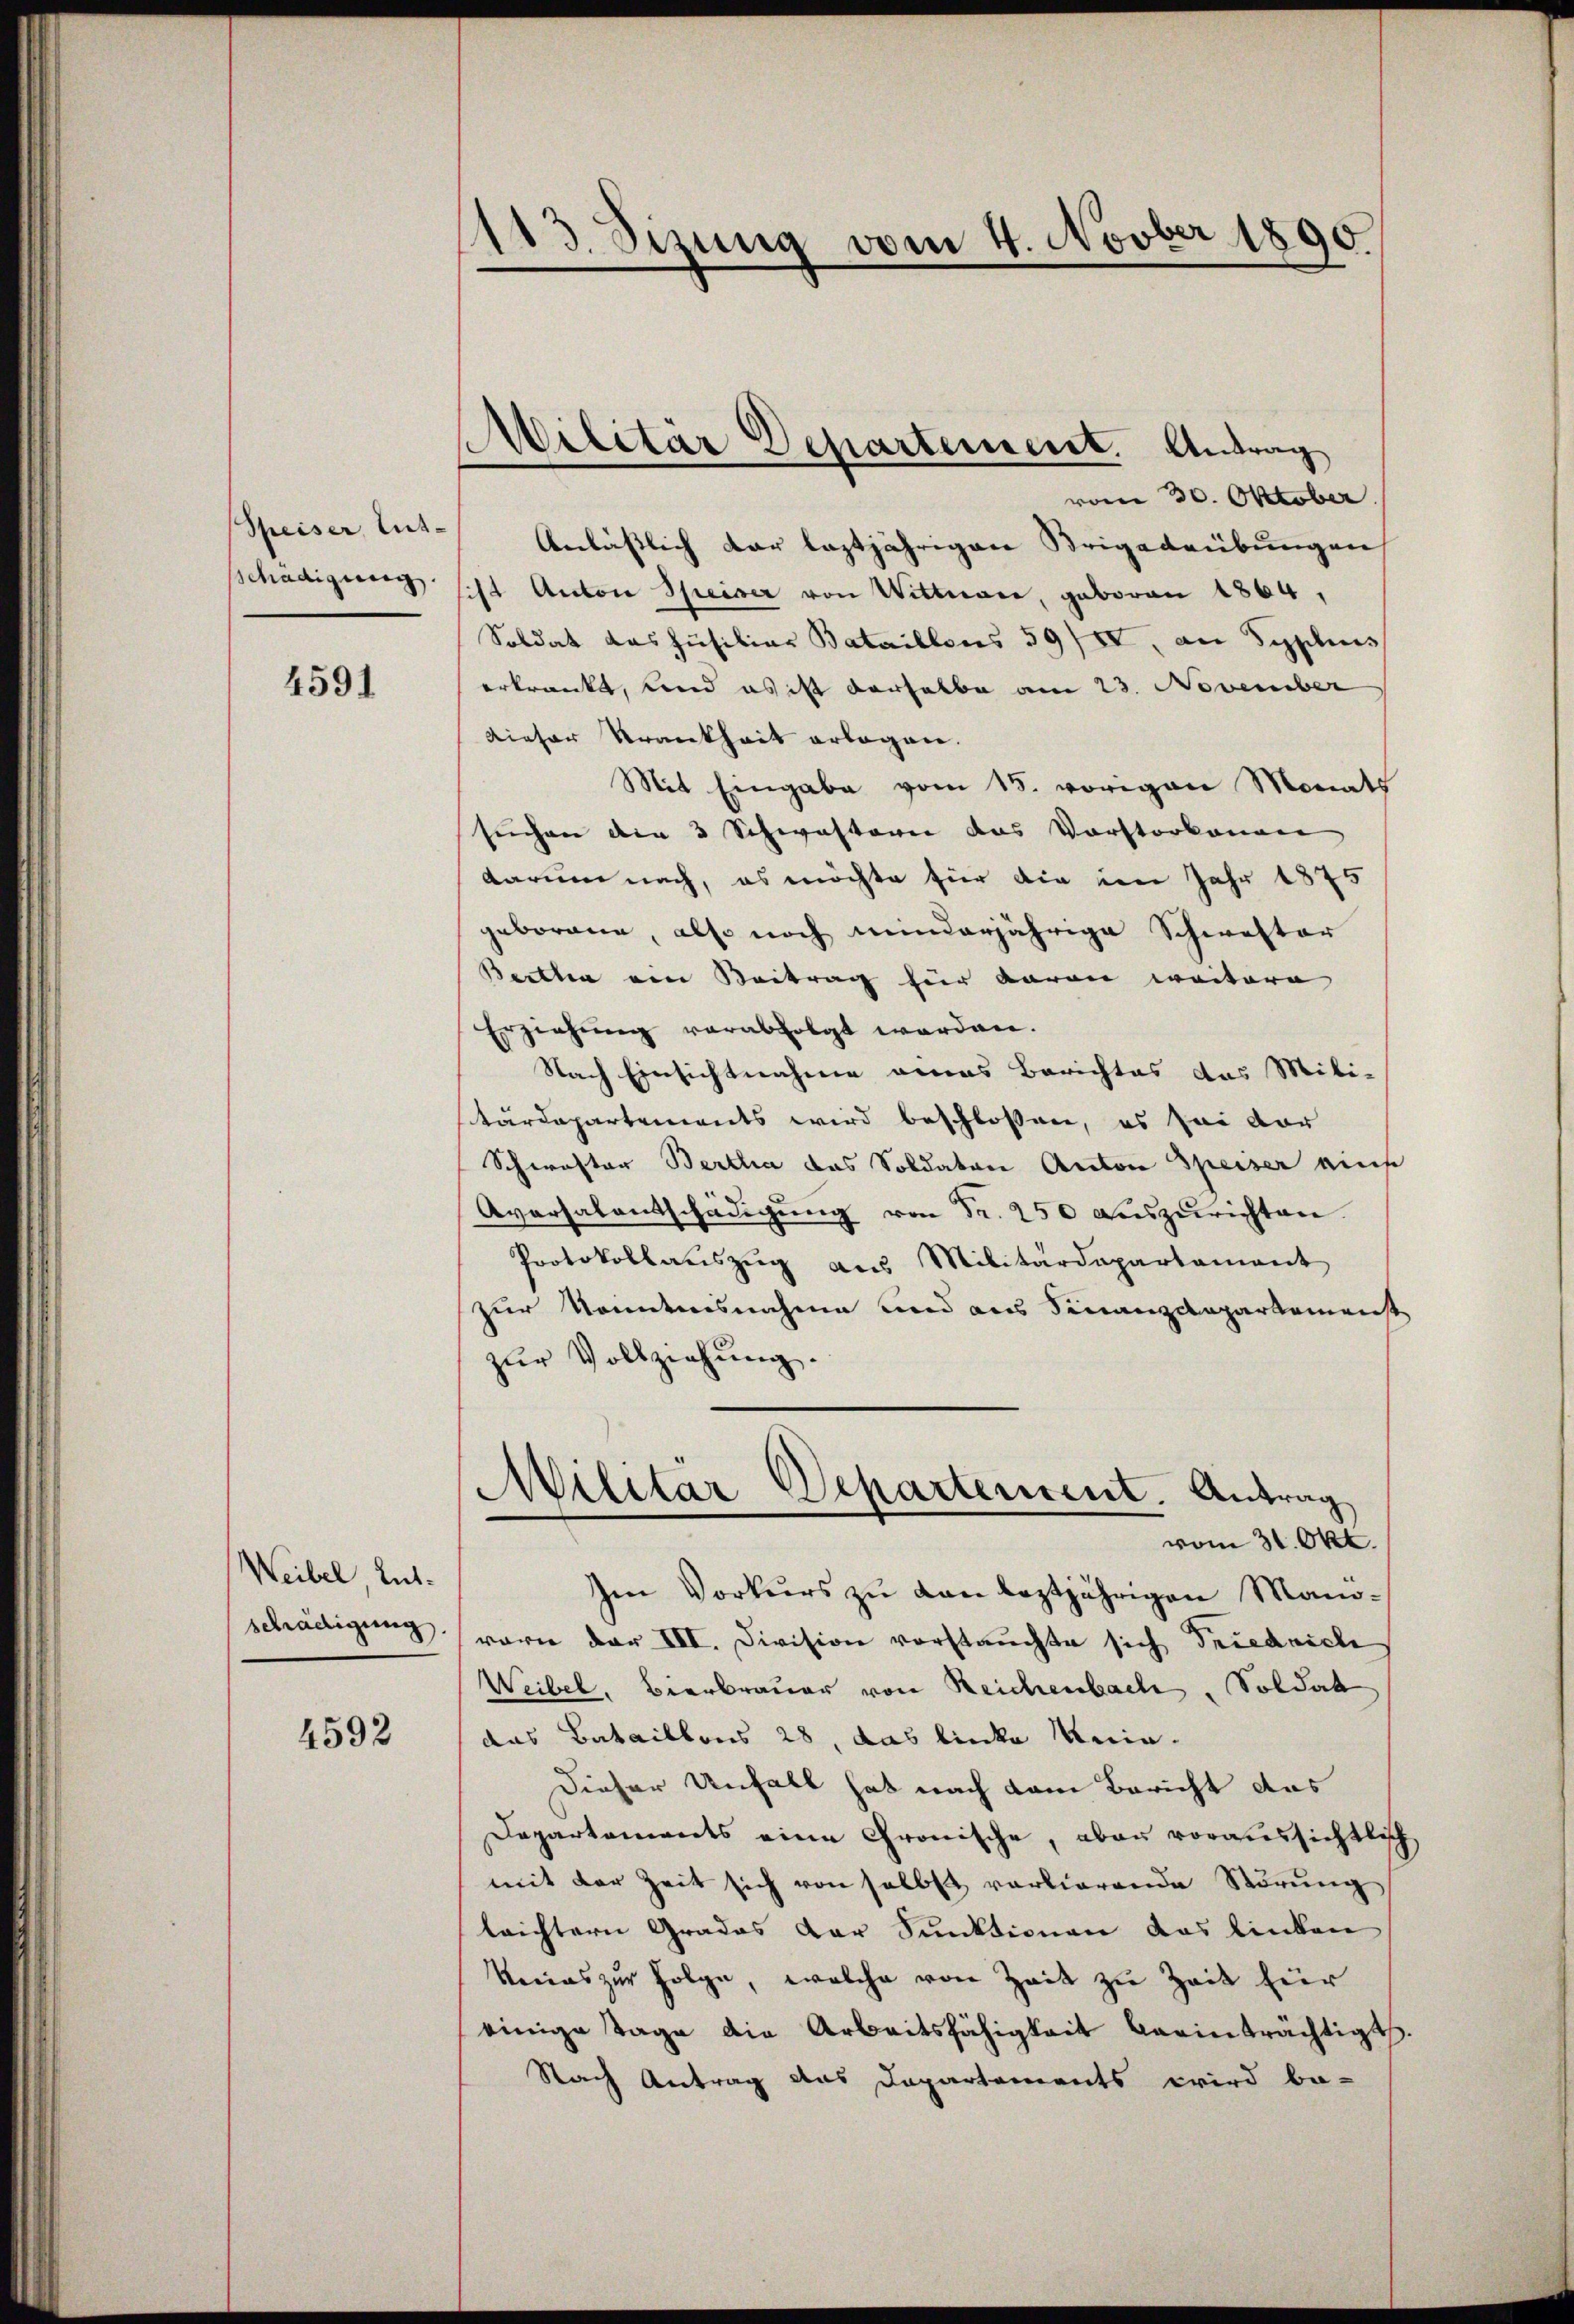
(Speiser, lut-
schädigung

4591

Weibel Entschädigung.

4592

¬
13. Sizung vom 4. Novber 1890
e

Militär Departement. Antrag

vom 30. Oktober.
Anlässlich dar leztjährigen Brigadeübungen
sist Anton Speiser von Wittwar, geboren 1864,
Soldat das Jusiliar Bataillons 59/II, an Syplinis
erkrankt, und es ist derselbe am 23. November
Dieser Krankheit erlegen.
Mit Eingabe vom 15. vorigen Monats
suchen die 3 Schwastorii das Vorstorbenen
darum nach, es möchte für die im Jahr 1875
geborene, also noch minderjährige Schwester
Beitten von Beitrag hier davon weitere |
Erziehung verabfolgt worden.
Nach Einsichtnahme eines Berichtes das Mili-
Kärdepartements wird beschlossen, es sei vor
Schwester Bertha das Soldaten Anton Speiser ain
Aversalentschädigŭng von Fr. 250 auszurichten.
Protokollauszug aus Militärdepartament
zur Kenntnisnahme und aus Finanzdepartemenste
zŭr Vollziehung.
Militär Departement. Antrag
.
vom 31. Okt.
Im Vorkurs zu den leztjährigen Manowarn der III. Division vorstauchte sich Friedrich
Weibel, Bierbrauer von Reichenbach, Soldat
das Bataillons 28, das linke Mnia¬
Dieser Unfall hat nach dem Bericht das
Departaments eine Gronische, aber voraussichtlich
mit der Zeit sich von selbst vorlierende Störung
leichtern Grades der Funktionen das linken
kenas zur Folge, welche von Zeit zu Zeit für
einige Tage die Arbeitsfähigkeit beeinträchtigt
Nach Antrag das Departements wird be-